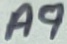
Text: A9